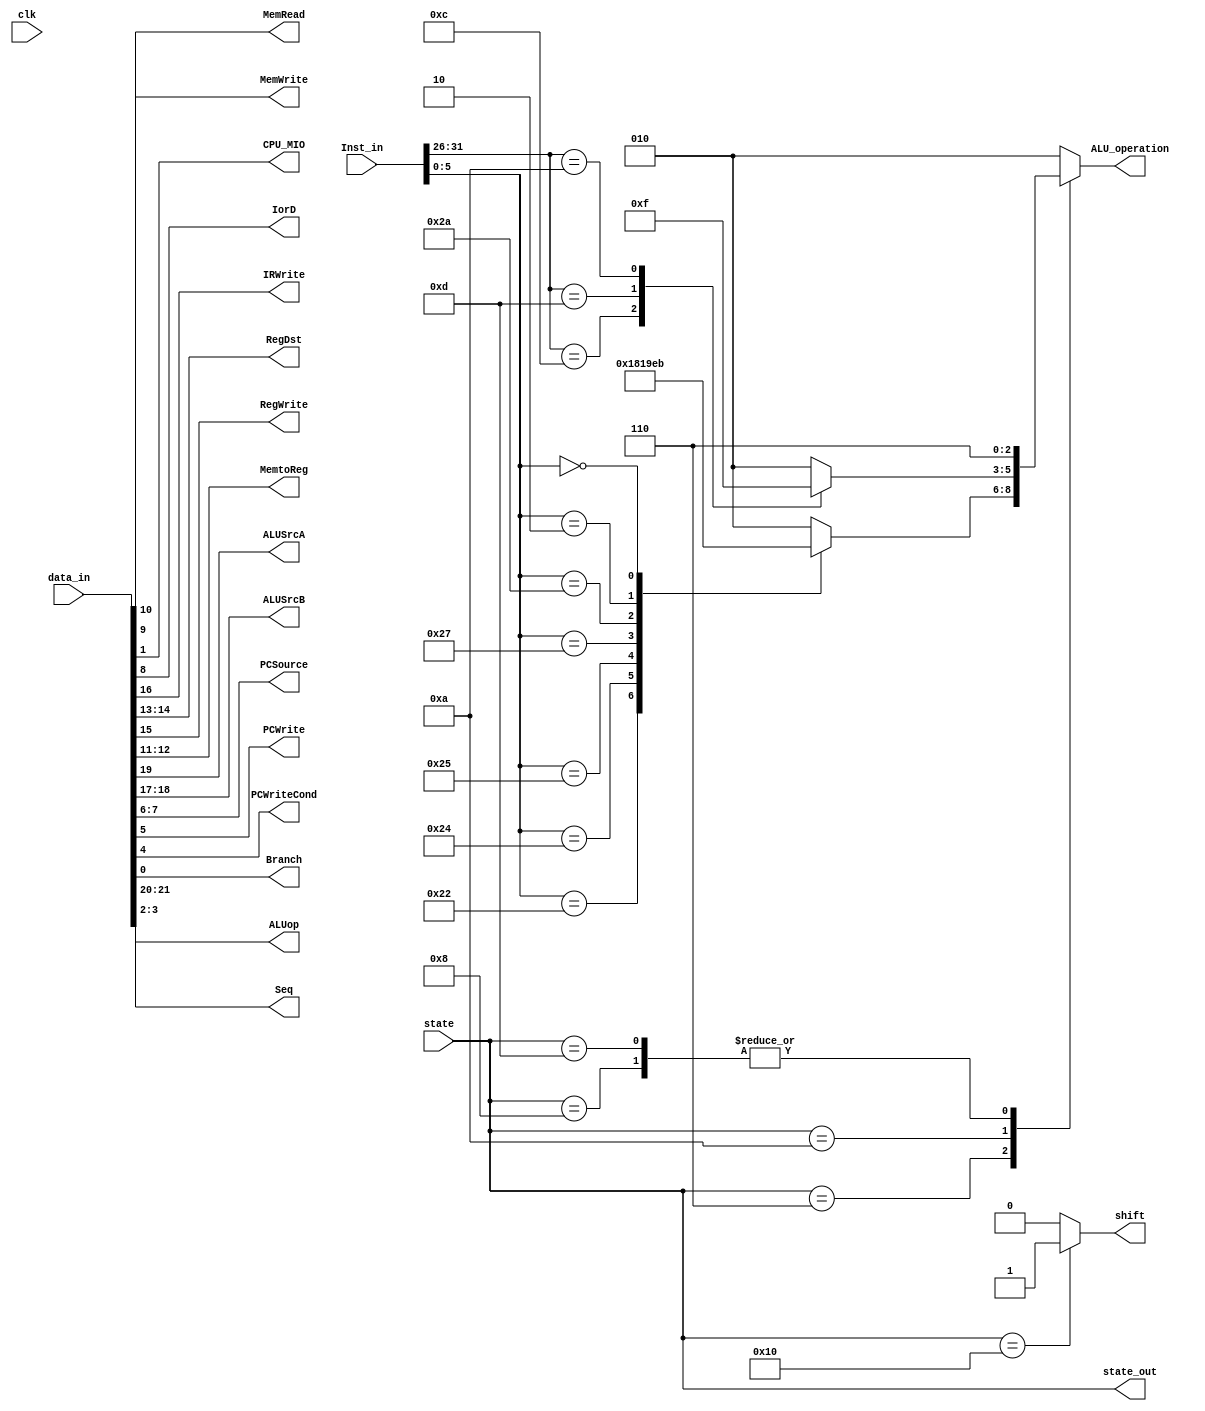
`timescale 1ns / 1ps
//////////////////////////////////////////////////////////////////////////////////
// Company: 
// Engineer: 
// 
// Design Name: 
// Module Name:    decode 
// Project Name: 
// Target Devices: 
// Tool versions: 
// Description: 
//
// Dependencies: 
//
// Revision: 
// Revision 0.01 - File Created
// Additional Comments: 
//
//////////////////////////////////////////////////////////////////////////////////
module decode(
				input [21:0]data_in,
				input [31:0] Inst_in,
				input [4:0]state,
				input clk,
				output MemRead,
				output MemWrite,
				output reg[2:0]ALU_operation,
				
				output CPU_MIO,
				output IorD,
				output IRWrite,
				output [1:0]RegDst,
				output RegWrite,
				output [1:0]MemtoReg,
				output ALUSrcA,
				output [1:0]ALUSrcB,
				output [1:0]PCSource,
				output PCWrite,
				output PCWriteCond,
				output Branch,
				output [1:0]ALUop,
				output [1:0]Seq,
				output [4:0]state_out,
				output shift
    );

assign state_out=state;
assign ALUop=data_in[21:20];
assign ALUSrcA=data_in[19];
assign ALUSrcB=data_in[18:17];
assign IRWrite=data_in[16];
assign RegWrite=data_in[15];
assign RegDst=data_in[14:13];
assign MemtoReg=data_in[12:11];
assign MemRead=data_in[10];
assign MemWrite=data_in[9];
assign IorD=data_in[8];
assign PCSource=data_in[7:6];
assign PCWrite=data_in[5];
assign PCWriteCond=data_in[4];
assign Seq=data_in[3:2];
assign CPU_MIO=data_in[1];
assign Branch=data_in[0];
assign shift=(state==5'b10000)?1:0;

parameter AND=3'b000,OR=3'b001,ADD=3'b010,SUB=3'b110,NOR=3'b100,SLT=3'b111,SLL=3'b011,SRL=3'b101;

always @ * begin
	case(state)
	4'b0110:begin    //Rformat
		  case (Inst_in[5:0]) 
						6'b100000: ALU_operation = ADD;
						6'b100010: ALU_operation = SUB;
						6'b100100: ALU_operation = AND;
						6'b100101: ALU_operation = OR;
						6'b100111: ALU_operation = NOR;
						6'b101010: ALU_operation = SLT;
						6'b000010: ALU_operation = SRL;       //shfit 1bit right
						6'b000000: ALU_operation = SLL;	
						6'b001000: ALU_operation = ADD;
				default:   ALU_operation = ADD;
		endcase 
		end
	4'b1010:begin
		case(Inst_in[31:26])
					6'b001000: ALU_operation = ADD;  	//Addi
            		6'b001100: ALU_operation = AND;  	//Andi
            		6'b001101: ALU_operation = OR;  	//Ori
            		6'b001010: ALU_operation = SLT;  	//Slti
            		default:   ALU_operation = ADD;
				endcase
		end
	4'b1000: ALU_operation=SUB;
	4'b1101: ALU_operation=SUB;
	default :ALU_operation=ADD;
	endcase
end

endmodule